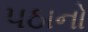
પઠાનો